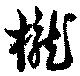
槞